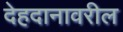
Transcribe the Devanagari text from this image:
देहदानावरील